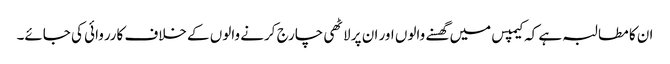
ان کا مطالبہ ہے کہ کیمپس میں گھسنے والوں اور ان پر لاٹھی چارج کرنے والوں کے خلاف کارروائی کی جائے۔